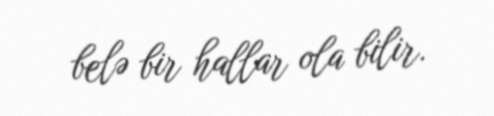
belə bir hallar ola bilir.